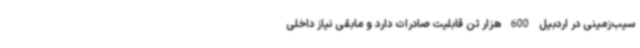
سیب‌زمینی در اردبیل 600 هزار تن قابلیت صادرات دارد و مابقی نیاز داخلی